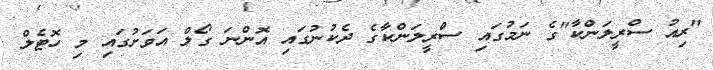
"ރިއު ސްރީލަންކާ"ގެ ނަމުގައި ސްރީލަންކާގެ ދެކުނުގައި އޮންނަ ގޯލް އަވަށުގައި މި ހޮޓެލް